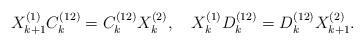
LaTeX: \begin{align*}X_{k+1}^{(1)}C_k^{(12)} = C_k^{(12)}X_k^{(2)}, \ \ \ X_k^{(1)}D_k^{(12)} = D_k^{(12)}X_{k+1}^{(2)}.\end{align*}